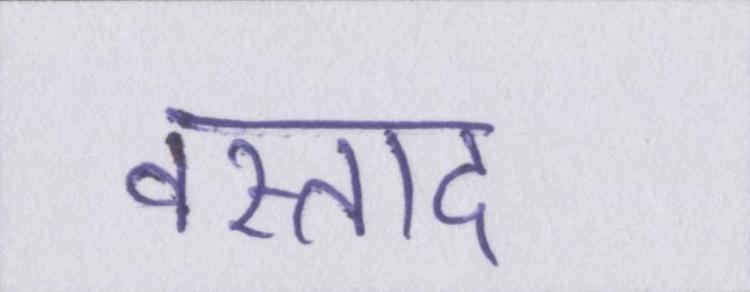
वस्ताद